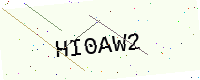
Text: HI0AW2